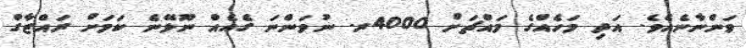
ވަންނާނެއެވެ. އަދި މަހެއްގެ މައްޗަށް 4000ރ. ނުވަންނަ ގެއެއް ނޫޅޭނެ ކަމަށް ރައްޒާގް